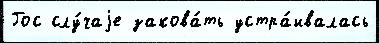
Гос слу́чаjе закова́ть устра́ивалась